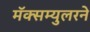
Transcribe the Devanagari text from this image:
मॅक्सम्युलरने